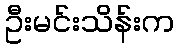
ဦးမင်းသိန်းက